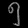
Digit: ၅